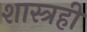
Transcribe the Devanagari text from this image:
शास्त्रही